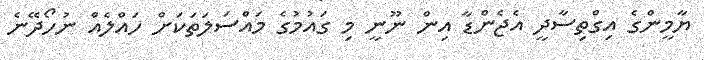
ޔާމީންގެ އިގްތިސާދީ އެޖެންޑާ އިން ނޫނީ މި ގައުމުގެ މައްސަލަތަކަށް ހައްލެއް ނުހޯދޭނެ